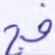
فج